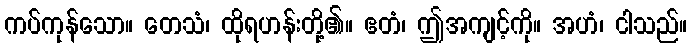
ကပ်ကုန်သော။ တေသံ၊ ထိုရဟန်းတို့၏။ ဧတံ၊ ဤအကျင့်ကို။ အဟံ၊ ငါသည်။